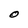
Character: O